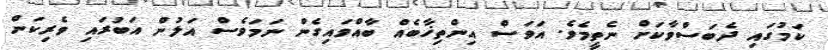
ކަމުގައި ދެބަސްވާކަށް ނެތީމެވެ. އަވަސް އިންތިޚާބެއް ބާއްވައިގެން ނަމަވެސް އަލުން އަބުރައި ވެރިކަން